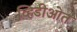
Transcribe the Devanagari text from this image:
व्हिडीओत